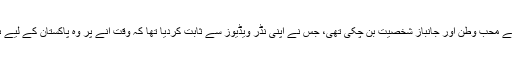
اب رابی پیرزادہ پاکستان کی غیر معروف گلوکارہ سے محب وطن اور جانباز شخصیت بن چکی تھی، جس نے اپنی نڈر ویڈیوز سے ثابت کردیا تھا کہ وقت آنے پر وہ پاکستان کے لیے ہر حد سے گزرجانے سے بھی گریز نہیں کرے گی۔